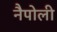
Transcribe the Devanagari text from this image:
नैपोली